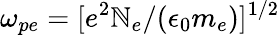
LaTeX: {\omega_{pe}=[e^{2}\mathbb{N}_{e}/(\epsilon_{0}m_{e})]^{1/2}}